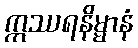
ဣဿရနိမ္မာနံ